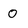
Character: 0